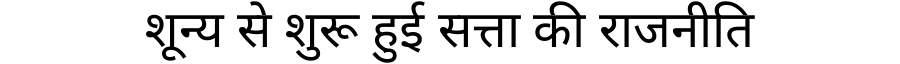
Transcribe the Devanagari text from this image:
शून्य से शुरू हुई सत्ता की राजनीति